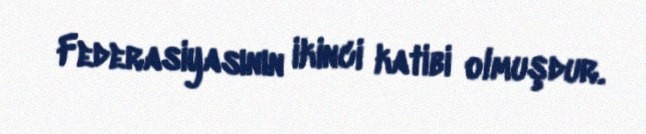
Federasiyasının ikinci katibi olmuşdur.